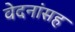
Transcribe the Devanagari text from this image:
वेदनांसह